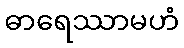
ဓာရေဿာမဟံ